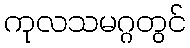
ကုလသမဂ္ဂတွင်